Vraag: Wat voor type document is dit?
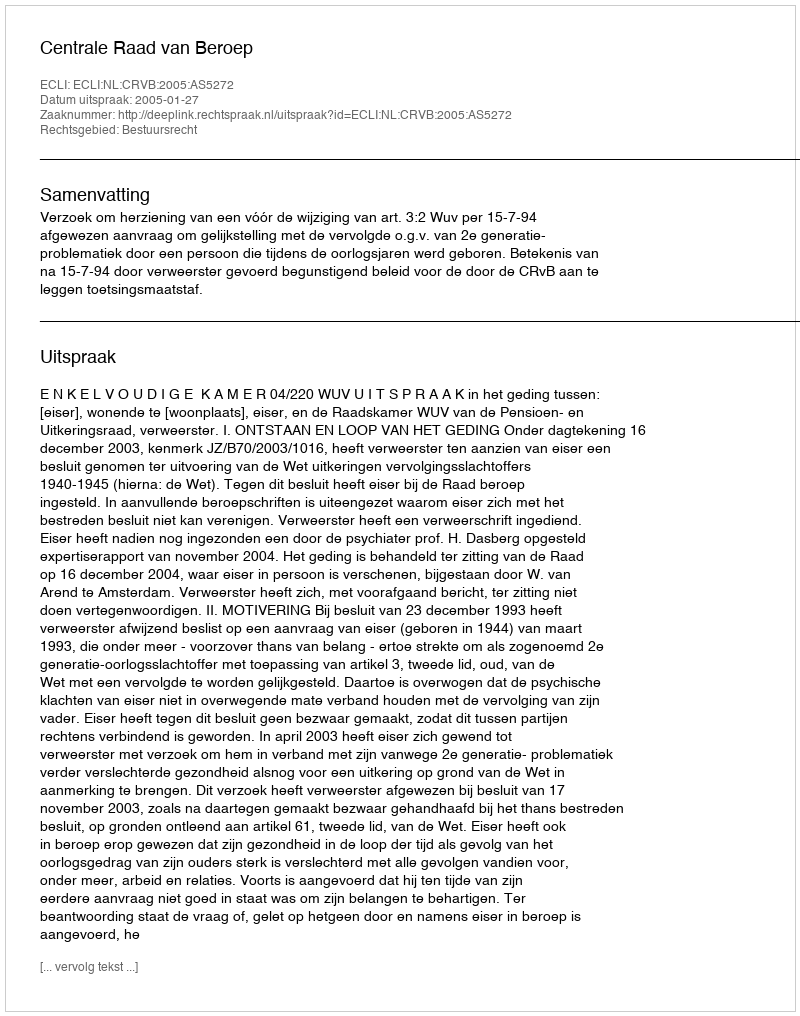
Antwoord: Uitspraak